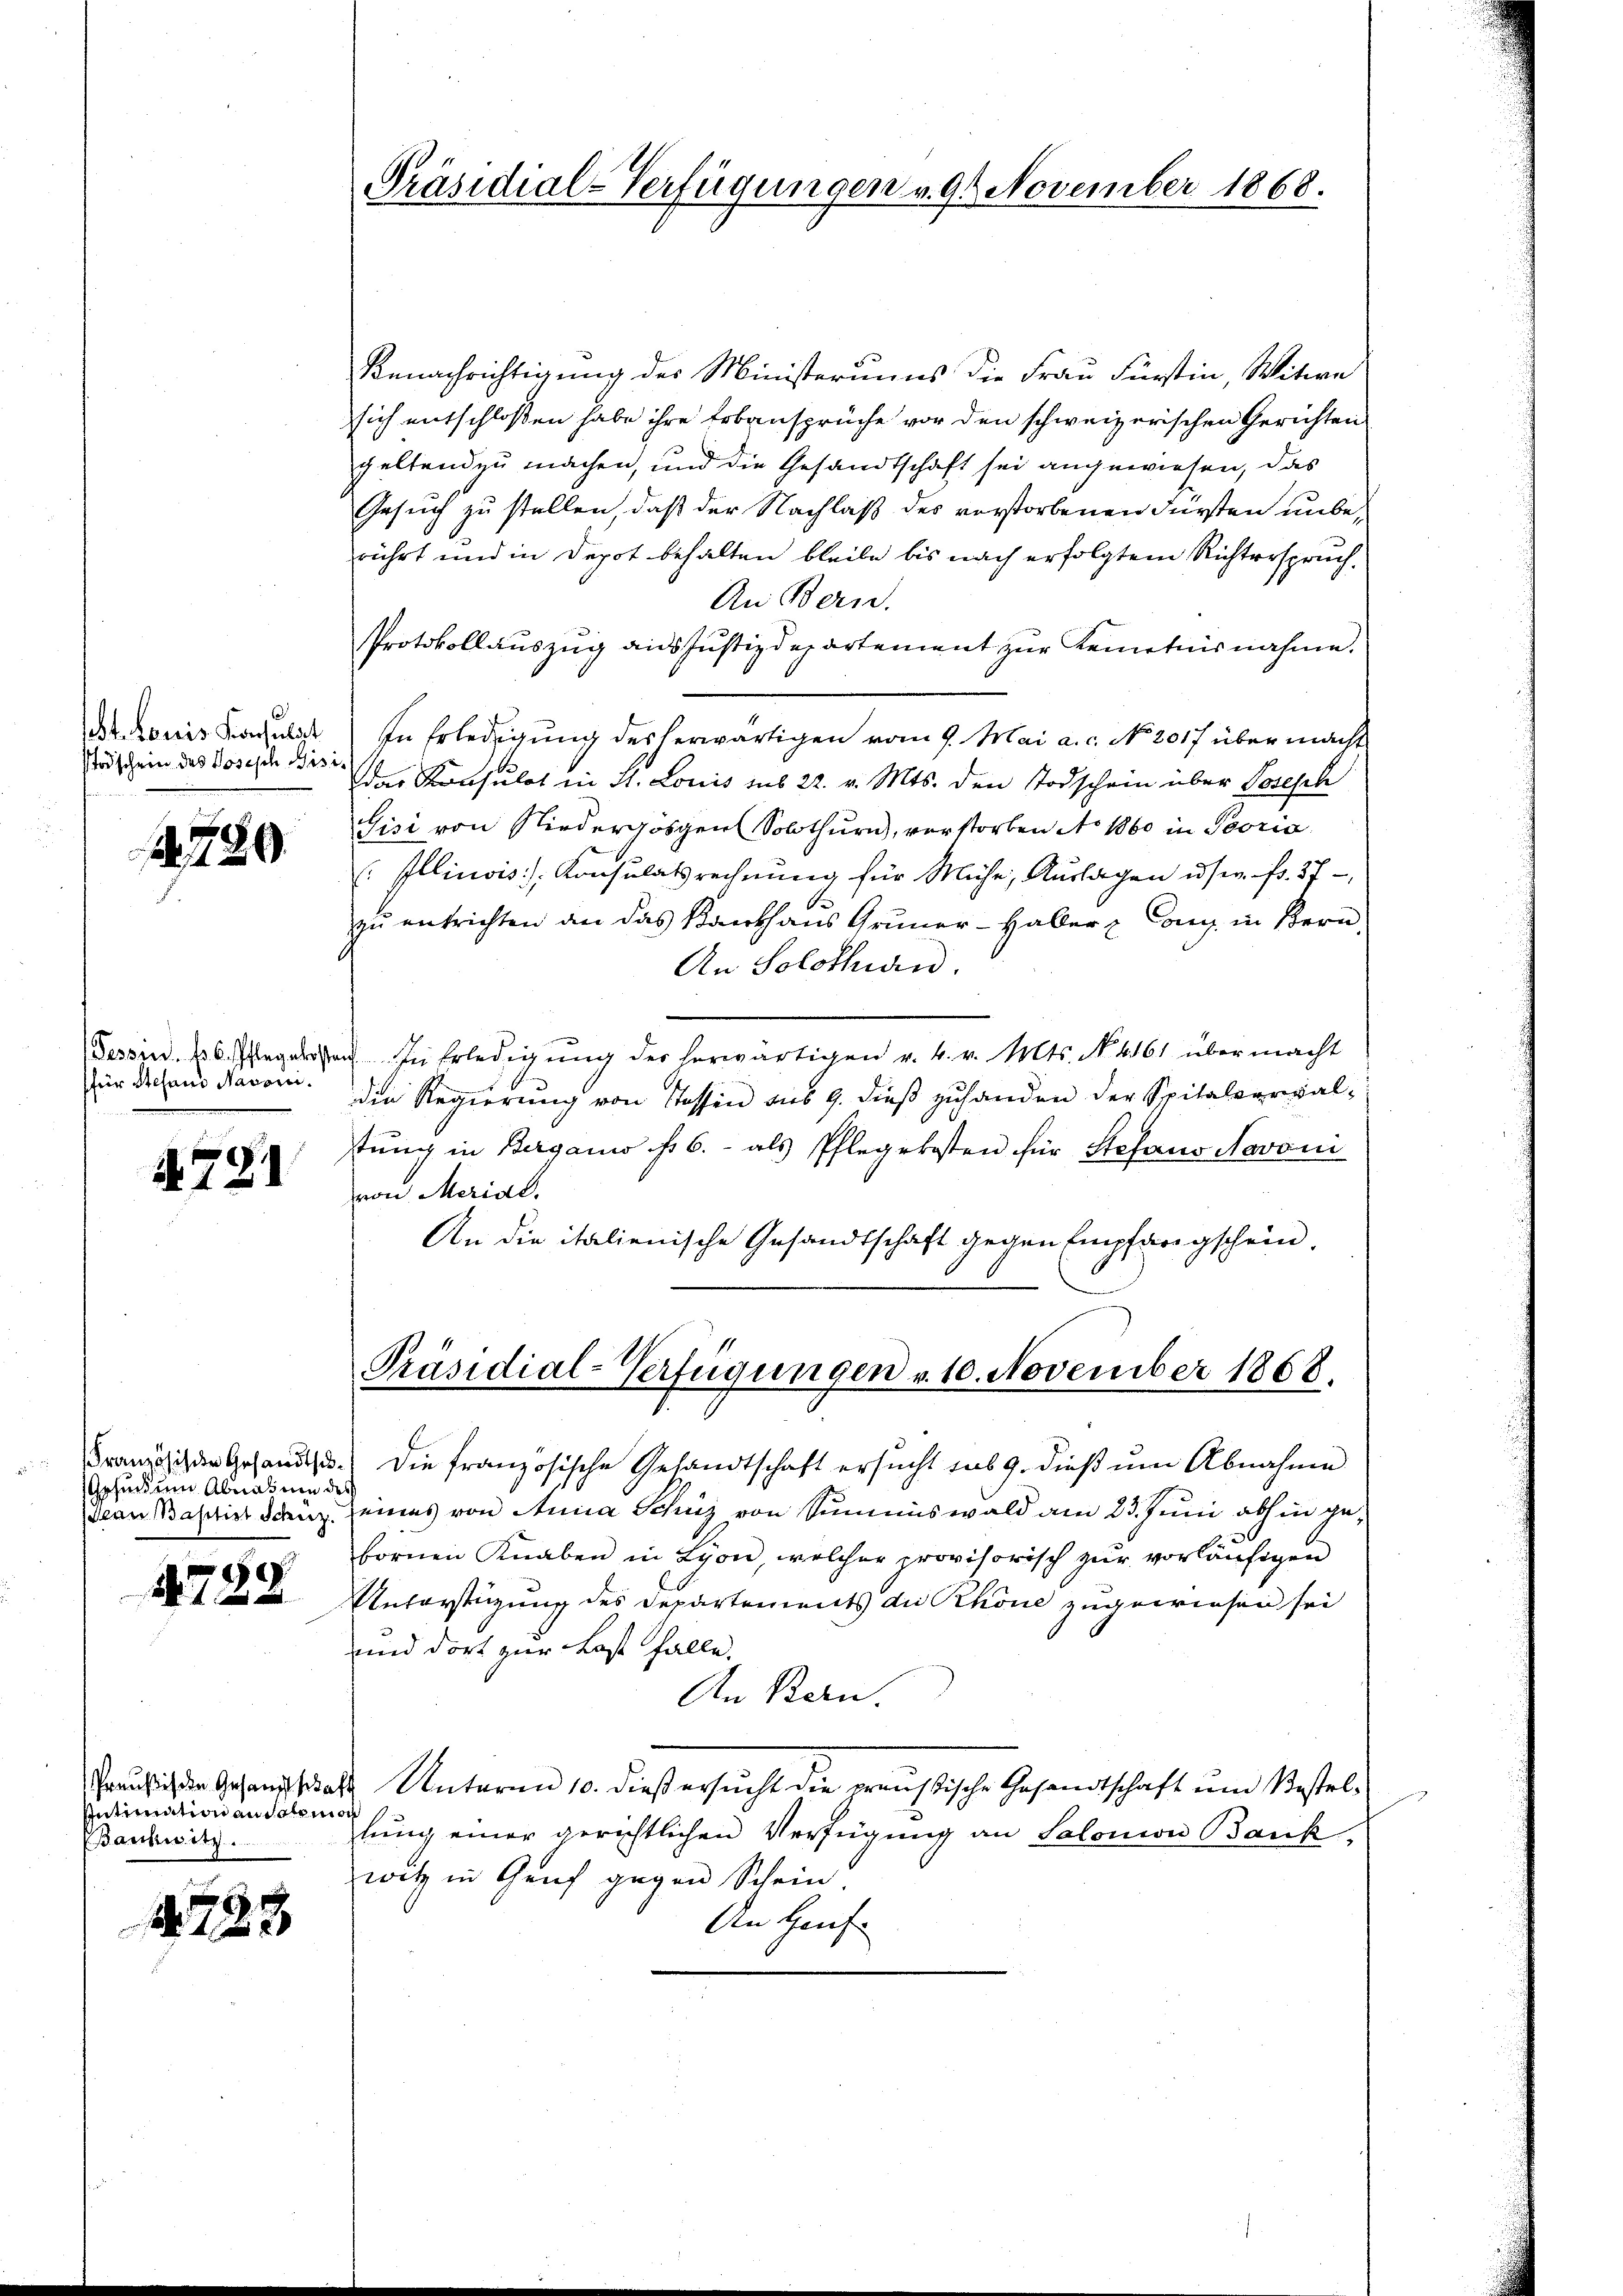
stodschein des Josisch Bisi¬

2729.

für Stehend Navoni.

4721

Französische Gesandtsc¬
Gesind um Abnas um des
Jean Baptist Scherz

4738

Benachrichtigung der Ministeriums die Frau Fürstin, Witwe
sich entschlossen habe ihre Erbansprüche vor den schweizerischen Gerichten
geltend zu machen, und die Gesandtschaft sei angewiesen, das
Gesuch zu stellen, daß der Nachlaß des vorstorbenen Fürsten unberührt und in Depot behalten bleibe bis nach erfolgtem Richterspruch.
An Bern.
Protokollauszug aus Justizdepartement zur Kenntnisnahme.
de konis Konsul in Erledigung des herwärtigen vom 9. Mai a.c. No 2017 über macht
dder Konsulat in St. Louis sub 22. v. Mts. den Todschein über Joseph
Fisi von Niedergögen Solothurn, verstorben No 1860 in Peoria
Illinois Konsulatsrechnung für Miche, Auslagen user Fr. 37
zu entrichten an das Kankhaus Gruner-Haller & Cong in Bern,
An Solothurn,
Fessen. 26. Istegeren In Erledigŭng der herwärtigen v. 4. v. Mts. N. 4161 übermacht
die Regierung von Stossen aus 9. dieß zuhanden der Spitalverwalstung in Berganis d. 6.- als Pflegekosten für Stefaus Novoni
von Merial.
An die italienische Gesandtschaft gegen Empfangschein,

Intimation an das mor
Bankwitz.

4738

Präsidial-Verfügungen v. 91 November 1868.

Präsidial-Verfügungen v. 10. November 1868.

Die französische Gesandtschaft ersucht sub 9. dieß um Abnahme
eines von Anna Schüz von Summiswald am 23. Juni abhin gebornen Knaben in Lyon, welcher provisorisch zŭr vorläŭfigen
Unterstüzung des Departements die Rhone zugewiesen sei
und dort zur Last falle.
An Bern.
usich die Gesandt das Antaren 10. dieß ersucht die preußische Gesandtschaft um Bestellung einer gerichtlichen Verfügung an Salonion Bank,
witz in Genf gegen Schein.
An Haus